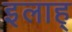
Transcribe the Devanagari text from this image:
इलाह्